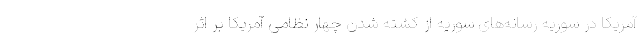
آمریکا در سوریه رسانه‌های سوریه از کشته شدن چهار نظامی آمریکا بر اثر